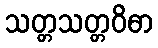
သတ္တသတ္တဝိဓာ